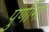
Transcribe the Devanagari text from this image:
पुर्णीमा